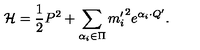
{ \cal H } = { \frac { 1 } { 2 } } P ^ { 2 } + \sum _ { \alpha _ { i } \in \Pi } { m _ { i } ^ { \prime } } ^ { 2 } e ^ { \alpha _ { i } \cdot Q ^ { \prime } } .